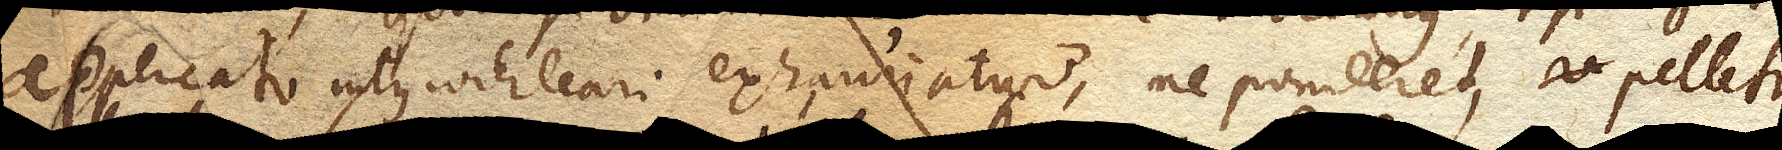
applicato intus cochleari exhauriatur, ne ponderet, pelletur